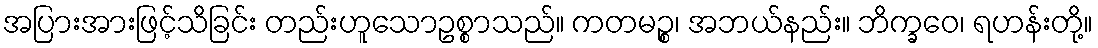
အပြားအားဖြင့်သိခြင်း တည်းဟူသောဥစ္စာသည်။ ကတမဉ္စ၊ အဘယ်နည်း။ ဘိက္ခဝေ၊ ရဟန်းတို့။